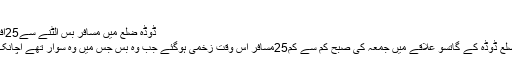
&nb
ڈوڈہ ضلع میں مسافر بس اُلٹنے سے25افراد زخمی
سرینگر/ضلع ڈوڈہ کے گاتسو علاقے میں جمعہ کی صبح کم سے کم25مسافر اُس وقت زخمی ہوگئے جب وہ بس جس میں وہ سوار تھے اچانک اُلٹ گئی۔